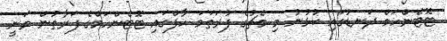
ޓޮޓެންހަމް ދަނޑުގައި ކުޅުނު މި މެޗުގެ ފުރަތަމަ ހާފްގައި ޓޮޓެންހަމްގެ ފަރާތުން ވަނީ